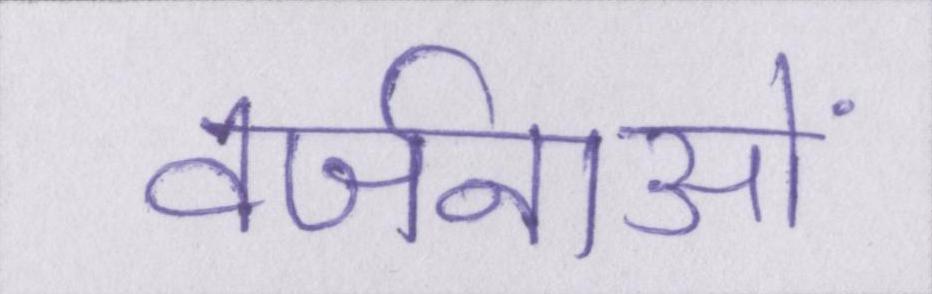
वर्जनाओं